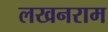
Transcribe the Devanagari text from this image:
लखनराम